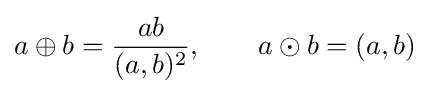
a\oplus b={\frac {ab}{(a,b)^{2}}},\qquad a\odot b=(a,b)